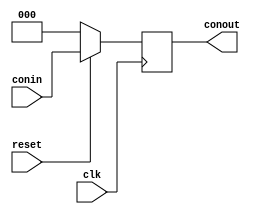
`timescale 1ns / 1ps
//////////////////////////////////////////////////////////////////////////////////
// Company: 
// Engineer: 
// 
// Design Name: 
// Module Name: Dtrigger
// Project Name: 
// Target Devices: 
// Tool Versions: 
// Description: 
// 
// Dependencies: 
// 
// Revision:
// Revision 0.01 - File Created
// Additional Comments:
// 
//////////////////////////////////////////////////////////////////////////////////


module Dtrigger(clk, reset, conin, conout);
    input clk,reset;
    input[2:0] conin;
    output reg [2:0] conout;
    always@(posedge clk)
        if(reset == 0)
            conout = 3'b000;
        else
            conout = conin;
endmodule